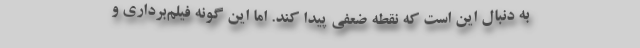
به دنبال این است که نقطه ضعفی پیدا کند. اما این گونه فیلم‌برداری و